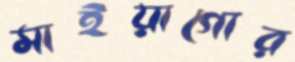
মাইয়াগোর